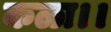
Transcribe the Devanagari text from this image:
कळा।।